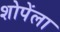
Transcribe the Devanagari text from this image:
शोपेंला